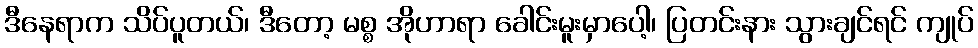
ဒီနေရာက သိပ်ပူတယ်၊ ဒီတော့ မစ္စ အိုဟာရာ ခေါင်းမူးမှာပေါ့၊ ပြတင်းနား သွားချင်ရင် ကျုပ်